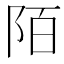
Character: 陌